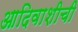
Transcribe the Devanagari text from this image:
आदिवाशीची